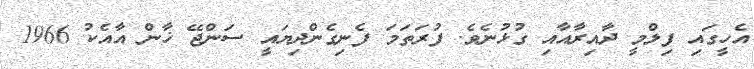
އެހީގައި ފިލްމީ ދާއިރާއާއި ގުޅުނެވެ. ފުރަތަމަ ފެނިގެންދިޔައީ ސަންޖޭ ޚާން އާއެކު 1966